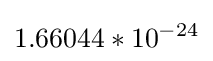
1.66044*10^{-24}